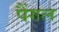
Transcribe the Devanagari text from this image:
पैंगल